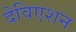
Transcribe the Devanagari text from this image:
देविएशन